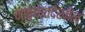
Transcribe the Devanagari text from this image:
नळ्यातदेखील